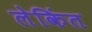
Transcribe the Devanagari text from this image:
लेकिंत